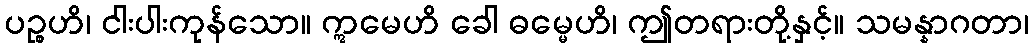
ပဉ္စဟိ၊ ငါးပါးကုန်သော။ ဣမေဟိ ခေါ ဓမ္မေဟိ၊ ဤတရားတို့နှင့်။ သမန္နာဂတာ၊